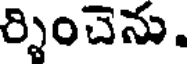
ర్శించెను.